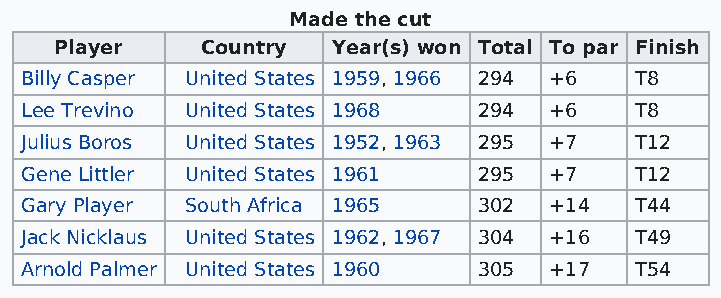
Made the cut
 Player   Country  Year(s) won Total To par Finish
 Billy Casper United States 1959, 1966 294 +6 T8
 Lee Trevino United States 1968 294 +6    T8
 Julius Boros United States 1952, 1963 295 +7 T12
 Gene Littler United States 1961 295 +7   T12
 Gary Player South Africa 1965  302 +14   T44
 Jack Nicklaus United States 1962, 1967 304 +16 T49
 Arnold Palmer United States 1960 305 +17 T54